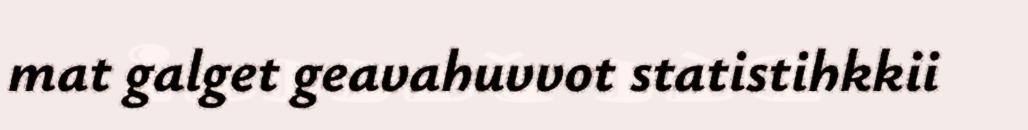
mat galget geavahuvvot statistihkkii